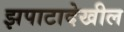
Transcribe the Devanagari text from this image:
झपाटादेखील